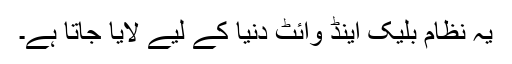
یہ نظام بلیک اینڈ وائٹ دنیا کے لیے لایا جاتا ہے۔